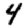
Digit: 4